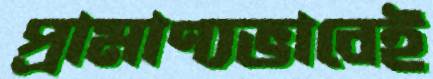
প্রামাণ্যভাবেই